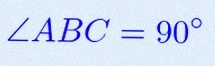
\angle ABC=90^\circ